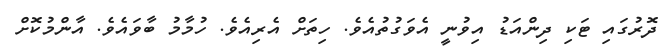
ދޮރުގައި ޓަކި ދިންއަޑު އިވުނީ އެވަގުތުއެވެ. ހިތަށް އެރިއެވެ. ހުމާމު ބާވައެވެ. އާންމުކޮށް